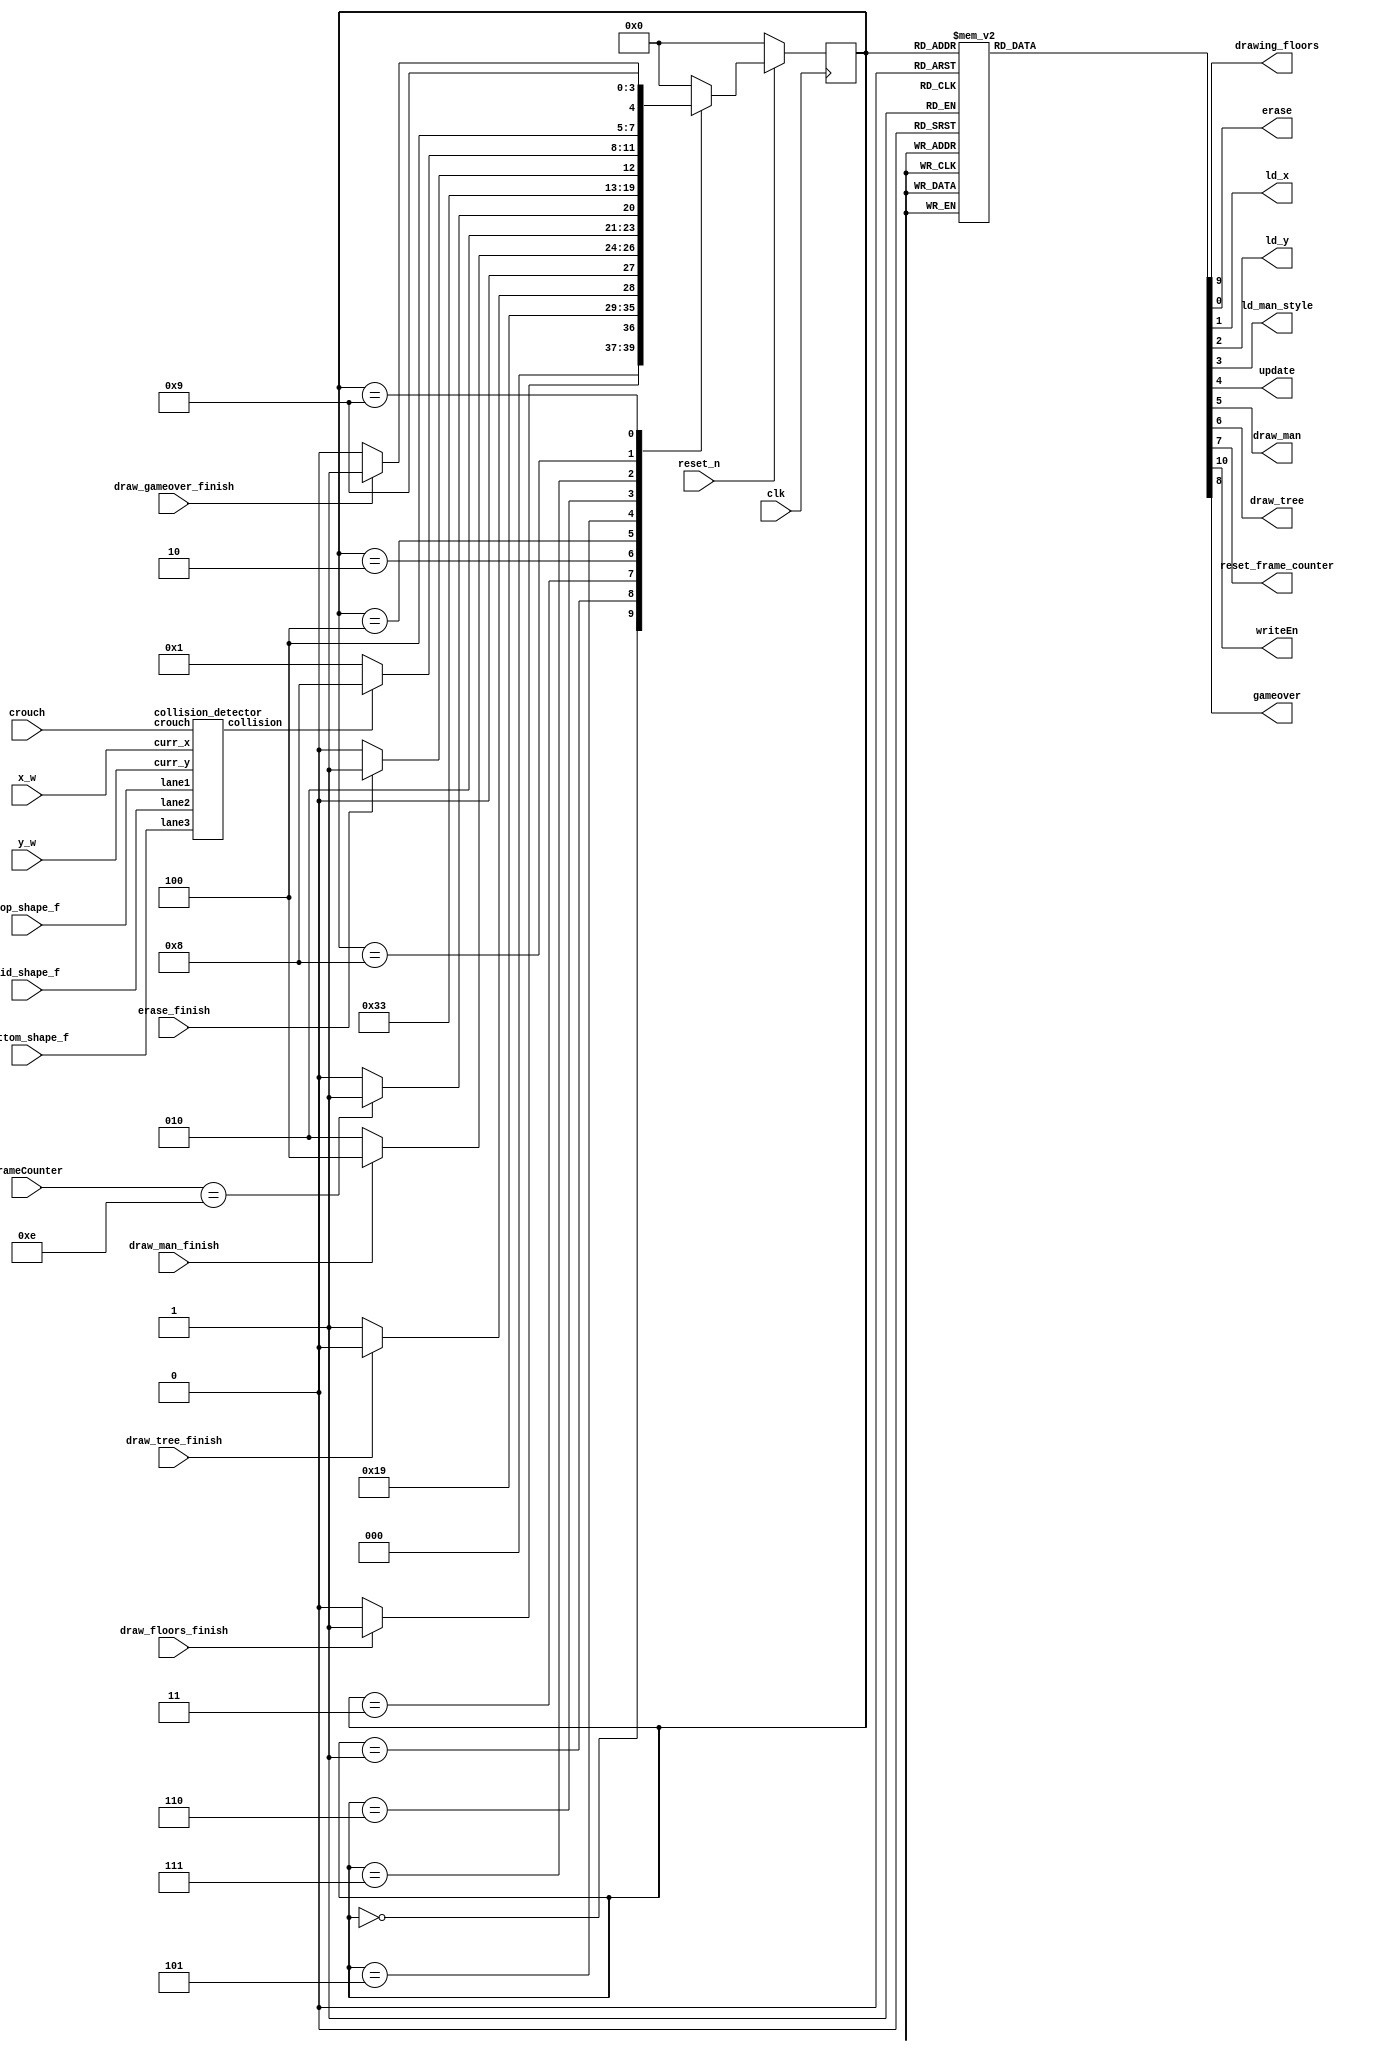
module fsm(
	input clk, reset_n,
	input draw_floors_finish, erase_finish, draw_man_finish, draw_tree_finish,
	input [3:0] frameCounter,
    input [1:0] top_shape_f,
    input [1:0] mid_shape_f,
    input [1:0] bottom_shape_f,
    input [6:0] y_w,
    input [7:0] x_w,
    input crouch,
    input draw_gameover_finish,
	output  reg drawing_floors,
	output reg erase,
	output reg ld_x,
	output reg ld_y,
	output reg ld_man_style,
	output reg update,
	output reg draw_man,
	output reg draw_tree,
	output reg reset_frame_counter,
	output reg writeEn,
    output reg gameover);
	
	localparam  S_DRAWING_FLOORS = 5'd0,
					S_LOAD_MAN= 5'd1,
				   S_DRAWING_MAN = 5'd2,
				   S_DRAWING_TREE = 5'd3,
					S_WAIT = 5'd4,
					S_RESET_FRAME_COUNTER = 5'd5,
					S_ERASE = 5'd6,
					S_UPDATE_MAN_X_Y = 5'd7,
                    S_GAMEOVER = 5'd8,
                    S_GAMEOVER_WAIT = 5'd9;
	
	
	
	reg [3:0] current_state, next_state;
    wire collision;
    collision_detector c0(
        .curr_y(y_w),
        .curr_x(x_w),
        .crouch(crouch),
        .lane1(top_shape_f),
        .lane2(mid_shape_f),
        .lane3(bottom_shape_f),
        .collision(collision)
    );

	always @(*)
	//state table
	begin: state_table
		case(current_state)
			S_DRAWING_FLOORS: next_state = draw_floors_finish? S_LOAD_MAN: S_DRAWING_FLOORS ;
			S_LOAD_MAN: next_state = S_DRAWING_TREE;
			S_DRAWING_TREE: next_state = draw_tree_finish? S_DRAWING_MAN : S_DRAWING_TREE;
			S_DRAWING_MAN : next_state = draw_man_finish ? S_WAIT : S_DRAWING_MAN ;
			S_WAIT: next_state = (frameCounter == 4'b1110) ? S_RESET_FRAME_COUNTER : S_WAIT;
			S_RESET_FRAME_COUNTER: next_state = S_ERASE;
			S_ERASE: next_state = (erase_finish)? S_UPDATE_MAN_X_Y : S_ERASE;
			S_UPDATE_MAN_X_Y: next_state = (collision) ? S_GAMEOVER : S_LOAD_MAN; 
            S_GAMEOVER: next_state = (draw_gameover_finish) ? S_GAMEOVER_WAIT : S_GAMEOVER;
            S_GAMEOVER_WAIT: next_state = S_GAMEOVER_WAIT;
			default next_state = S_DRAWING_FLOORS;
		endcase
	end
	
	always @(*)
	begin: enable_signals
		drawing_floors = 1'b0;
		writeEn = 1'b0;
		ld_x = 0;
		ld_y = 0;
		ld_man_style = 0;
		writeEn = 0;
		draw_man = 0;
		reset_frame_counter = 1;
		erase = 0;
		update = 0;
		draw_tree = 0;
        gameover = 0;
		case(current_state)
			S_DRAWING_FLOORS: begin drawing_floors = 1'b1; writeEn = 1'b1; end
			S_LOAD_MAN: 
				begin
					ld_x = 1;
					ld_y = 1;
					ld_man_style = 1;
				end
			S_DRAWING_MAN:
				begin
					writeEn = 1;
					draw_man = 1;
				end
			S_DRAWING_TREE:
				begin
					writeEn = 1;
					draw_tree = 1;
				end
			S_RESET_FRAME_COUNTER: 
				begin
					reset_frame_counter = 0;
				end
			S_ERASE:
				begin
					erase = 1;
					writeEn = 1;
				end
			S_UPDATE_MAN_X_Y:
				begin
					update = 1;
				end
            S_GAMEOVER:
                begin
                    gameover = 1;
                    writeEn = 1;
                end
		endcase
	end

    always @(posedge clk)
    begin: state_FFs
        if(!reset_n)
            current_state <= S_DRAWING_FLOORS;
        else
            current_state <= next_state;
    end 
endmodule

module collision_detector(curr_y, curr_x, crouch, lane1, lane2, lane3, collision);
	input [7:0] curr_x;
	input [6:0] curr_y;
	input crouch;
	input [1:0] lane1, lane2, lane3;
	output reg collision;


	always @(*) begin
		collision = 1'b0;

		if (20 <= curr_x && curr_x <= 40) begin // start checking
			if (lane1 == 2'b00 || lane1 == 2'b01) begin // check for small jump
				// begin to check 5 pixels
				if (curr_x <= 25 + 3 && 25 + 3 <= curr_x + 4 && 15 <= curr_y && curr_y <= 35) begin // pixel1
					collision = 1'b1;

				end
				if (curr_x <= 25 + 5 && 25 + 5 <= curr_x + 4 && 15 <= curr_y + 2 && curr_y + 2 <= 35) begin // pixel2
					collision = 1'b1;

				end
				if (curr_x <= 25 + 4 && 25 + 4 <= curr_x + 4 && 15 <= curr_y + 6 && curr_y + 6 <= 35) begin // pixel3
					collision = 1'b1;

				end
				if (curr_x <= 25 + 1 && 25 + 1 <= curr_x + 4 && 15 <= curr_y + 6 && curr_y + 6 <= 35) begin // pixel4
					collision = 1'b1;

				end
				if (curr_x <= 25 && 25 <= curr_x + 4 && 15 <= curr_y + 3 && curr_y + 3 <= 35) begin // pixel5
					collision = 1'b1;
					// troubleshoot2 = 1;
				end
			end

			else if (lane1 == 2'b10) begin // check for duck add check for y
				// begin to check 5 pixels
				if (curr_x <= 25 + 3 && 25 + 3 <= curr_x + 4 && 0 <= curr_y && curr_y <= 35 && ~crouch) begin // pixel1
					collision = 1'b1;
					//troubleshoot2 = 1;
				end
				if (curr_x <= 25 + 5 && 25 + 5 <= curr_x + 4 && 0 <= curr_y + 2 && curr_y + 2 <= 35 && ~crouch) begin // pixel2
					collision = 1'b1;
					//troubleshoot2 = 1;
				end
				if (curr_x <= 25 + 4 && 25 + 4 <= curr_x + 4 && 0 <= curr_y + 6 && curr_y + 6 <= 35 && ~crouch) begin // pixel3
					collision = 1'b1;
					//troubleshoot2 = 1;
				end
				if (curr_x <= 25 + 1 && 25 + 1 <= curr_x + 4 && 0 <= curr_y + 6 && curr_y + 6 <= 35 && ~crouch) begin // pixel4
					collision = 1'b1;
					//troubleshoot2 = 1;
				end
				if (curr_x <= 25 && 25 <= curr_x + 4 && 0 <= curr_y + 3 && curr_y + 3 <= 35 && ~crouch) begin // pixel5
					collision = 1'b1;
					//troubleshoot2 = 1;
				end
			end

			else if (lane1 == 2'b11) begin // check for wall
				// begin to check 5 pixels
				if (curr_x <= 25 + 3 && 25 + 3 <= curr_x + 4 && 0 <= curr_y && curr_y <= 35) begin // pixel1
					collision = 1'b1;
					//troubleshoot = 1;
				end
				if (curr_x <= 25 + 5 && 25 + 5 <= curr_x + 4 && 0 <= curr_y + 2 && curr_y + 2 <= 35) begin // pixel2
					collision = 1'b1;
					//troubleshoot = 1;
				end
				if (curr_x <= 25 + 4 && 25 + 4 <= curr_x + 4 && 0 <= curr_y + 6 && curr_y + 6 <= 35) begin // pixel3
					collision = 1'b1;
					//troubleshoot = 1;
				end
				if (curr_x <= 25 + 1 && 25 + 1 <= curr_x + 4 && 0 <= curr_y + 6 && curr_y + 6 <= 35) begin // pixel4
					collision = 1'b1;
					//troubleshoot = 1;
				end
				if (curr_x <= 25 && 25 <= curr_x + 4 && 0 <= curr_y + 3 && curr_y + 3 <= 35) begin // pixel5
					collision = 1'b1;
					//troubleshoot = 1;
				end
			end

			if (lane2 == 2'b00 || lane2 == 2'b01) begin // check for small jump
				// begin to check 5 pixels
				if (curr_x <= 25 + 3 && 25 + 3 <= curr_x + 4 && 55 <= curr_y && curr_y <= 75) begin // pixel1
					collision = 1'b1;
				end
				if (curr_x <= 25 + 5 && 25 + 5 <= curr_x + 4 && 55 <= curr_y + 2 && curr_y + 2 <= 75) begin // pixel2
					collision = 1'b1;
				end
				if (curr_x <= 25 + 4 && 25 + 4 <= curr_x + 4 && 55 <= curr_y + 6 && curr_y + 6 <= 75) begin // pixel3
					collision = 1'b1;
				end
				if (curr_x <= 25 + 1 && 25 + 1 <= curr_x + 4 && 55 <= curr_y + 6 && curr_y + 6 <= 75) begin // pixel4
					collision = 1'b1;
				end
				if (curr_x <= 25 && 25 <= curr_x + 4 && 55 <= curr_y + 3 && curr_y + 3 <= 75) begin // pixel5
					collision = 1'b1;
					// troubleshoot = 1'b1;
				end
			end

			else if (lane2 == 2'b10) begin // check for duck add check for y
				// begin to check 5 pixels
				if (curr_x <= 25 + 3 && 25 + 3 <= curr_x + 4 && 40 <= curr_y && curr_y <= 75 && ~crouch) begin // pixel1
					collision = 1'b1;
				end
				if (curr_x <= 25 + 5 && 25 + 5 <= curr_x + 4 && 40 <= curr_y + 2 && curr_y + 2 <= 75 && ~crouch) begin // pixel2
					collision = 1'b1;
				end
				if (curr_x <= 25 + 4 && 25 + 4 <= curr_x + 4 && 40 <= curr_y + 6 && curr_y + 6 <= 75 && ~crouch) begin // pixel3
					collision = 1'b1;
				end
				if (curr_x <= 25 + 1 && 25 + 1 <= curr_x + 4 && 40 <= curr_y + 6 && curr_y + 6 <= 75 && ~crouch) begin // pixel4
					collision = 1'b1;
				end
				if (curr_x <= 25 && 25 <= curr_x + 4 && 40 <= curr_y + 3 && curr_y + 3 <= 75 && ~crouch) begin // pixel5
					collision = 1'b1;
					// troubleshoot = 1'b1;
				end
			end

			else if (lane2 == 2'b11) begin // check for wall
				// begin to check 5 pixels
				if (curr_x <= 25 + 3 && 25 + 3 <= curr_x + 4 && 40 <= curr_y && curr_y <= 75) begin // pixel1
					collision = 1'b1;
					// troubleshoot = 1;
				end
				if (curr_x <= 25 + 5 && 25 + 5 <= curr_x + 4 && 40 <= curr_y + 2 && curr_y + 2 <= 75) begin // pixel2
					collision = 1'b1;
					// troubleshoot = 1;
				end
				if (curr_x <= 25 + 4 && 25 + 4 <= curr_x + 4 && 40 <= curr_y + 6 && curr_y + 6 <= 75) begin // pixel3
					collision = 1'b1;
					// troubleshoot = 1;
				end
				if (curr_x <= 25 + 1 && 25 + 1 <= curr_x + 4 && 40 <= curr_y + 6 && curr_y + 6 <= 75) begin // pixel4
					collision = 1'b1;
					// troubleshoot = 1;
				end
				if (curr_x <= 25 && 25 <= curr_x + 4 && 40 <= curr_y + 3 && curr_y + 3 <= 75) begin // pixel5
					collision = 1'b1;
					// troubleshoot = 1'b1;
				end
			end

			if (lane3 == 2'b00 || lane3 == 2'b01) begin // check for small jump
				// begin to check 5 pixels
				if (curr_x <= 25 + 3 && 25 + 3 <= curr_x + 4 && 95 <= curr_y && curr_y <= 115) begin // pixel1
					collision = 1'b1;

				end
				if (curr_x <= 25 + 5 && 25 + 5 <= curr_x + 4 && 95 <= curr_y + 2 && curr_y + 2 <= 115) begin // pixel2
					collision = 1'b1;

				end
				if (curr_x <= 25 + 4 && 25 + 4 <= curr_x + 4 && 95 <= curr_y + 6 && curr_y + 6 <= 115) begin // pixel3
					collision = 1'b1;

				end
				if (curr_x <= 25 + 1 && 25 + 1 <= curr_x + 4 && 95 <= curr_y + 6 && curr_y + 6 <= 115) begin // pixel4
					collision = 1'b1;

				end
				if (curr_x <= 25 && 25 <= curr_x + 4 && 95 <= curr_y + 3 && curr_y + 3 <= 115) begin // pixel5
					collision = 1'b1;

				end
			end

			else if (lane3 == 2'b10) begin // check for duck check y for lanes
				// begin to check 5 pixels
				if (curr_x <= 25 + 3 && 25 + 3 <= curr_x + 4 && 80 <= curr_y && curr_y <= 115 && ~crouch) begin // pixel1
					collision = 1'b1;
					// troubleshoot = 1'b1;
				end
				if (curr_x <= 25 + 5 && 25 + 5 <= curr_x + 4 && 80 <= curr_y + 2 && curr_y + 2 <= 115 && ~crouch) begin // pixel2
					collision = 1'b1;
					// troubleshoot = 1'b1;
				end
				if (curr_x <= 25 + 4 && 25 + 4 <= curr_x + 4 && 80 <= curr_y + 6 && curr_y + 6 <= 115 && ~crouch) begin // pixel3
					collision = 1'b1;
					// troubleshoot = 1'b1;
				end
				if (curr_x <= 25 + 1 && 25 + 1 <= curr_x + 4 && 80 <= curr_y + 6 && curr_y + 6 <= 115 && ~crouch) begin // pixel4
					collision = 1'b1;
					// troubleshoot = 1'b1;
				end
				if (curr_x <= 25 && 25 <= curr_x + 4 && 80 <= curr_y + 3 && curr_y + 3 <= 115 && ~crouch) begin // pixel5
					collision = 1'b1;
					// troubleshoot = 1'b1;
				end
			end

			else if (lane3 == 2'b11) begin // check for wall
				// begin to check 5 pixels
				if (curr_x <= 25 + 3 && 25 + 3 <= curr_x + 4 && 80 <= curr_y && curr_y <= 115) begin // pixel1
					collision = 1'b1;

				end
				if (curr_x <= 25 + 5 && 25 + 5 <= curr_x + 4 && 80 <= curr_y + 2 && curr_y + 2 <= 115) begin // pixel2
					collision = 1'b1;

				end
				if (curr_x <= 25 + 4 && 25 + 4 <= curr_x + 4 && 80 <= curr_y + 6 && curr_y + 6 <= 115) begin // pixel3
					collision = 1'b1;

				end
				if (curr_x <= 25 + 1 && 25 + 1 <= curr_x + 4 && 80 <= curr_y + 6 && curr_y + 6 <= 115) begin // pixel4
					collision = 1'b1;

				end
				if (curr_x <= 25 && 25 <= curr_x + 4 && 80 <= curr_y + 3 && curr_y + 3 <= 115) begin // pixel5
					collision = 1'b1;

				end
			end
		end
	end
endmodule